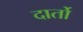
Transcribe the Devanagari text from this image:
दार्तो